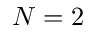
N = 2